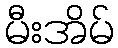
မီးအိမ်